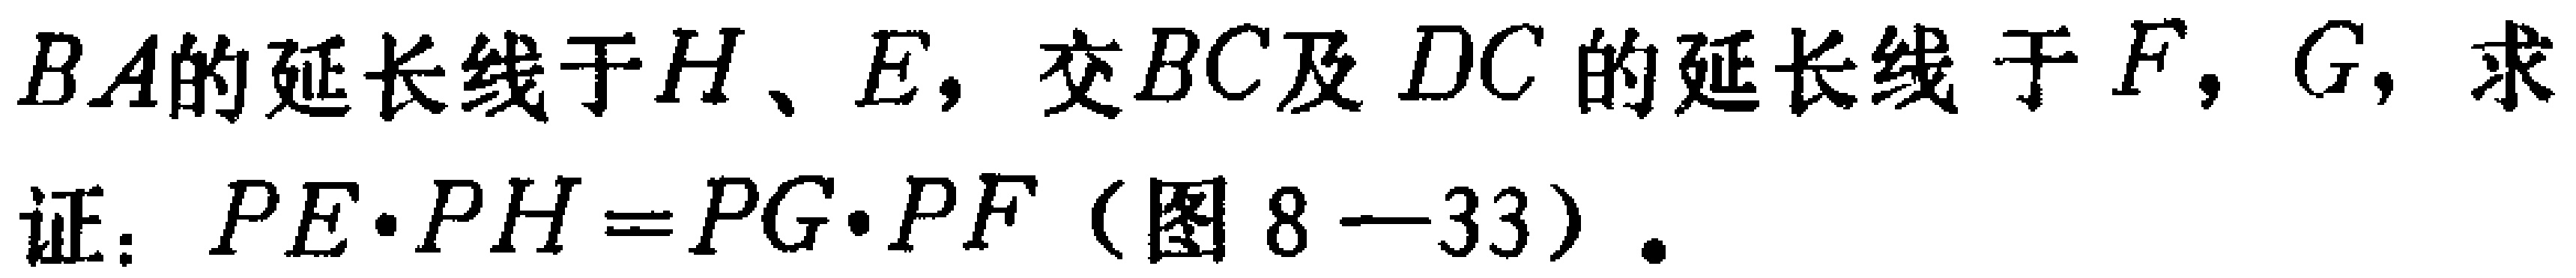
$BA的延长线于H、E，交BC及DC的延长线于F，G，求$

$证：PE\cdot PH = PG\cdot PF（图8 - 33）.$